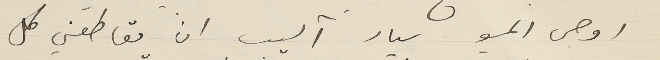
اوصى المسيو بيار آليب ان يقاطعني كل